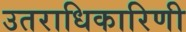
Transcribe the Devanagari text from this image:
उतराधिकारिणी